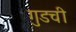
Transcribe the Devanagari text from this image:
गुडची